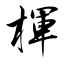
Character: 楎